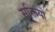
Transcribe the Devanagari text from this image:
सूक्तियो